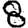
Digit: 8